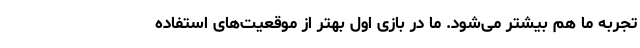
تجربه ما هم بیشتر می‌شود. ما در بازی اول بهتر از موقعیت‌های استفاده